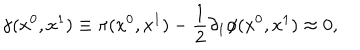
LaTeX: \gamma ( x ^ { 0 } , x ^ { 1 } ) \equiv \pi ( x ^ { 0 } , x ^ { 1 } ) - \frac { 1 } { 2 } \partial _ { 1 } \phi ( x ^ { 0 } , x ^ { 1 } ) \approx 0 ,